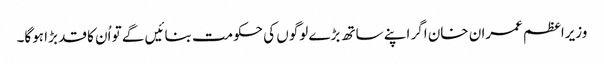
وزیراعظم عمران خان اگر اپنے ساتھ بڑے لوگوں کی حکومت بنائیں گے تو اُن کا قد بڑا ہوگا۔